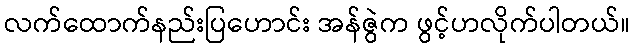
လက်ထောက်နည်းပြဟောင်း အန်ဇွဲက ဖွင့်ဟလိုက်ပါတယ်။